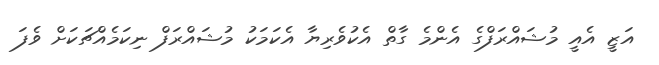
އަޒީ އެއީ މުޝައްރަފްގެ އެންމެ ގާތް އެކުވެރިޔާ އެކަމަކު މުޝައްރަފް ނިކަމެއްޗަކަށް ވެފަ